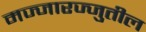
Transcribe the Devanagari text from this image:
मज्जारज्जुतील